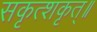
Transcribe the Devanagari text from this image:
सकृत्शकृत्॥